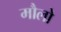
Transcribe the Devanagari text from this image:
मौलो